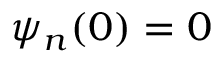
\psi _ { n } ( 0 ) = 0